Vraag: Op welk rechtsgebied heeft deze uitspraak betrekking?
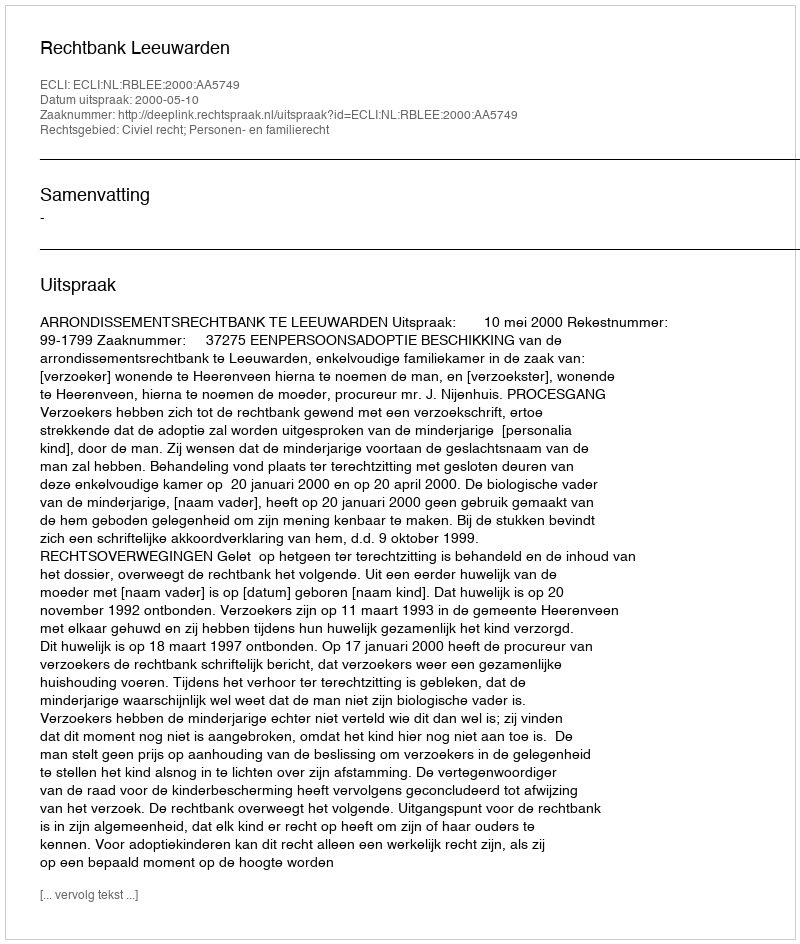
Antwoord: Civiel recht; Personen- en familierecht